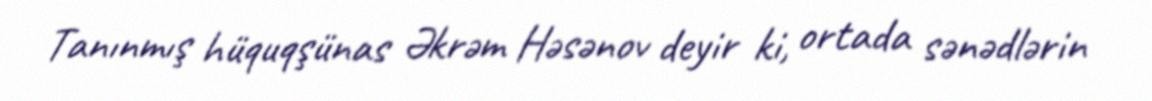
Tanınmış hüquqşünas Əkrəm Həsənov deyir ki, ortada sənədlərin